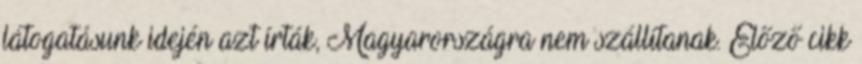
látogatásunk idején azt írták, Magyarországra nem szállítanak. Előző cikk